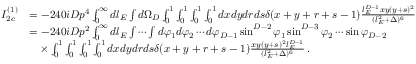
\begin{array} { r l } { I _ { 2 c } ^ { ( 1 ) } } & { = - 2 4 0 i D p ^ { 4 } \int _ { 0 } ^ { \infty } d l _ { E } \int d \Omega _ { D } \int _ { 0 } ^ { 1 } \int _ { 0 } ^ { 1 } \int _ { 0 } ^ { 1 } \int _ { 0 } ^ { 1 } d x d y d r d s \delta ( x + y + r + s - 1 ) \frac { l _ { E } ^ { D - 1 } x y ( y + s ) ^ { 2 } } { ( l _ { E } ^ { 2 } + \Delta ) ^ { 6 } } } \\ & { = - 2 4 0 i D p ^ { 2 } \int _ { 0 } ^ { \infty } d l _ { E } \int \cdots \int d \varphi _ { 1 } d \varphi _ { 2 } \cdots d \varphi _ { D - 1 } \sin ^ { D - 2 } \varphi _ { 1 } \sin ^ { D - 3 } \varphi _ { 2 } \cdots \sin \varphi _ { D - 2 } } \\ & { \quad \times \int _ { 0 } ^ { 1 } \int _ { 0 } ^ { 1 } \int _ { 0 } ^ { 1 } \int _ { 0 } ^ { 1 } d x d y d r d s \delta ( x + y + r + s - 1 ) \frac { x y ( y + s ) ^ { 2 } l _ { E } ^ { D - 1 } } { ( l _ { E } ^ { 2 } + \Delta ) ^ { 6 } } \, . } \end{array}